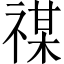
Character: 禖